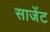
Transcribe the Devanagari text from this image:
साजेंट